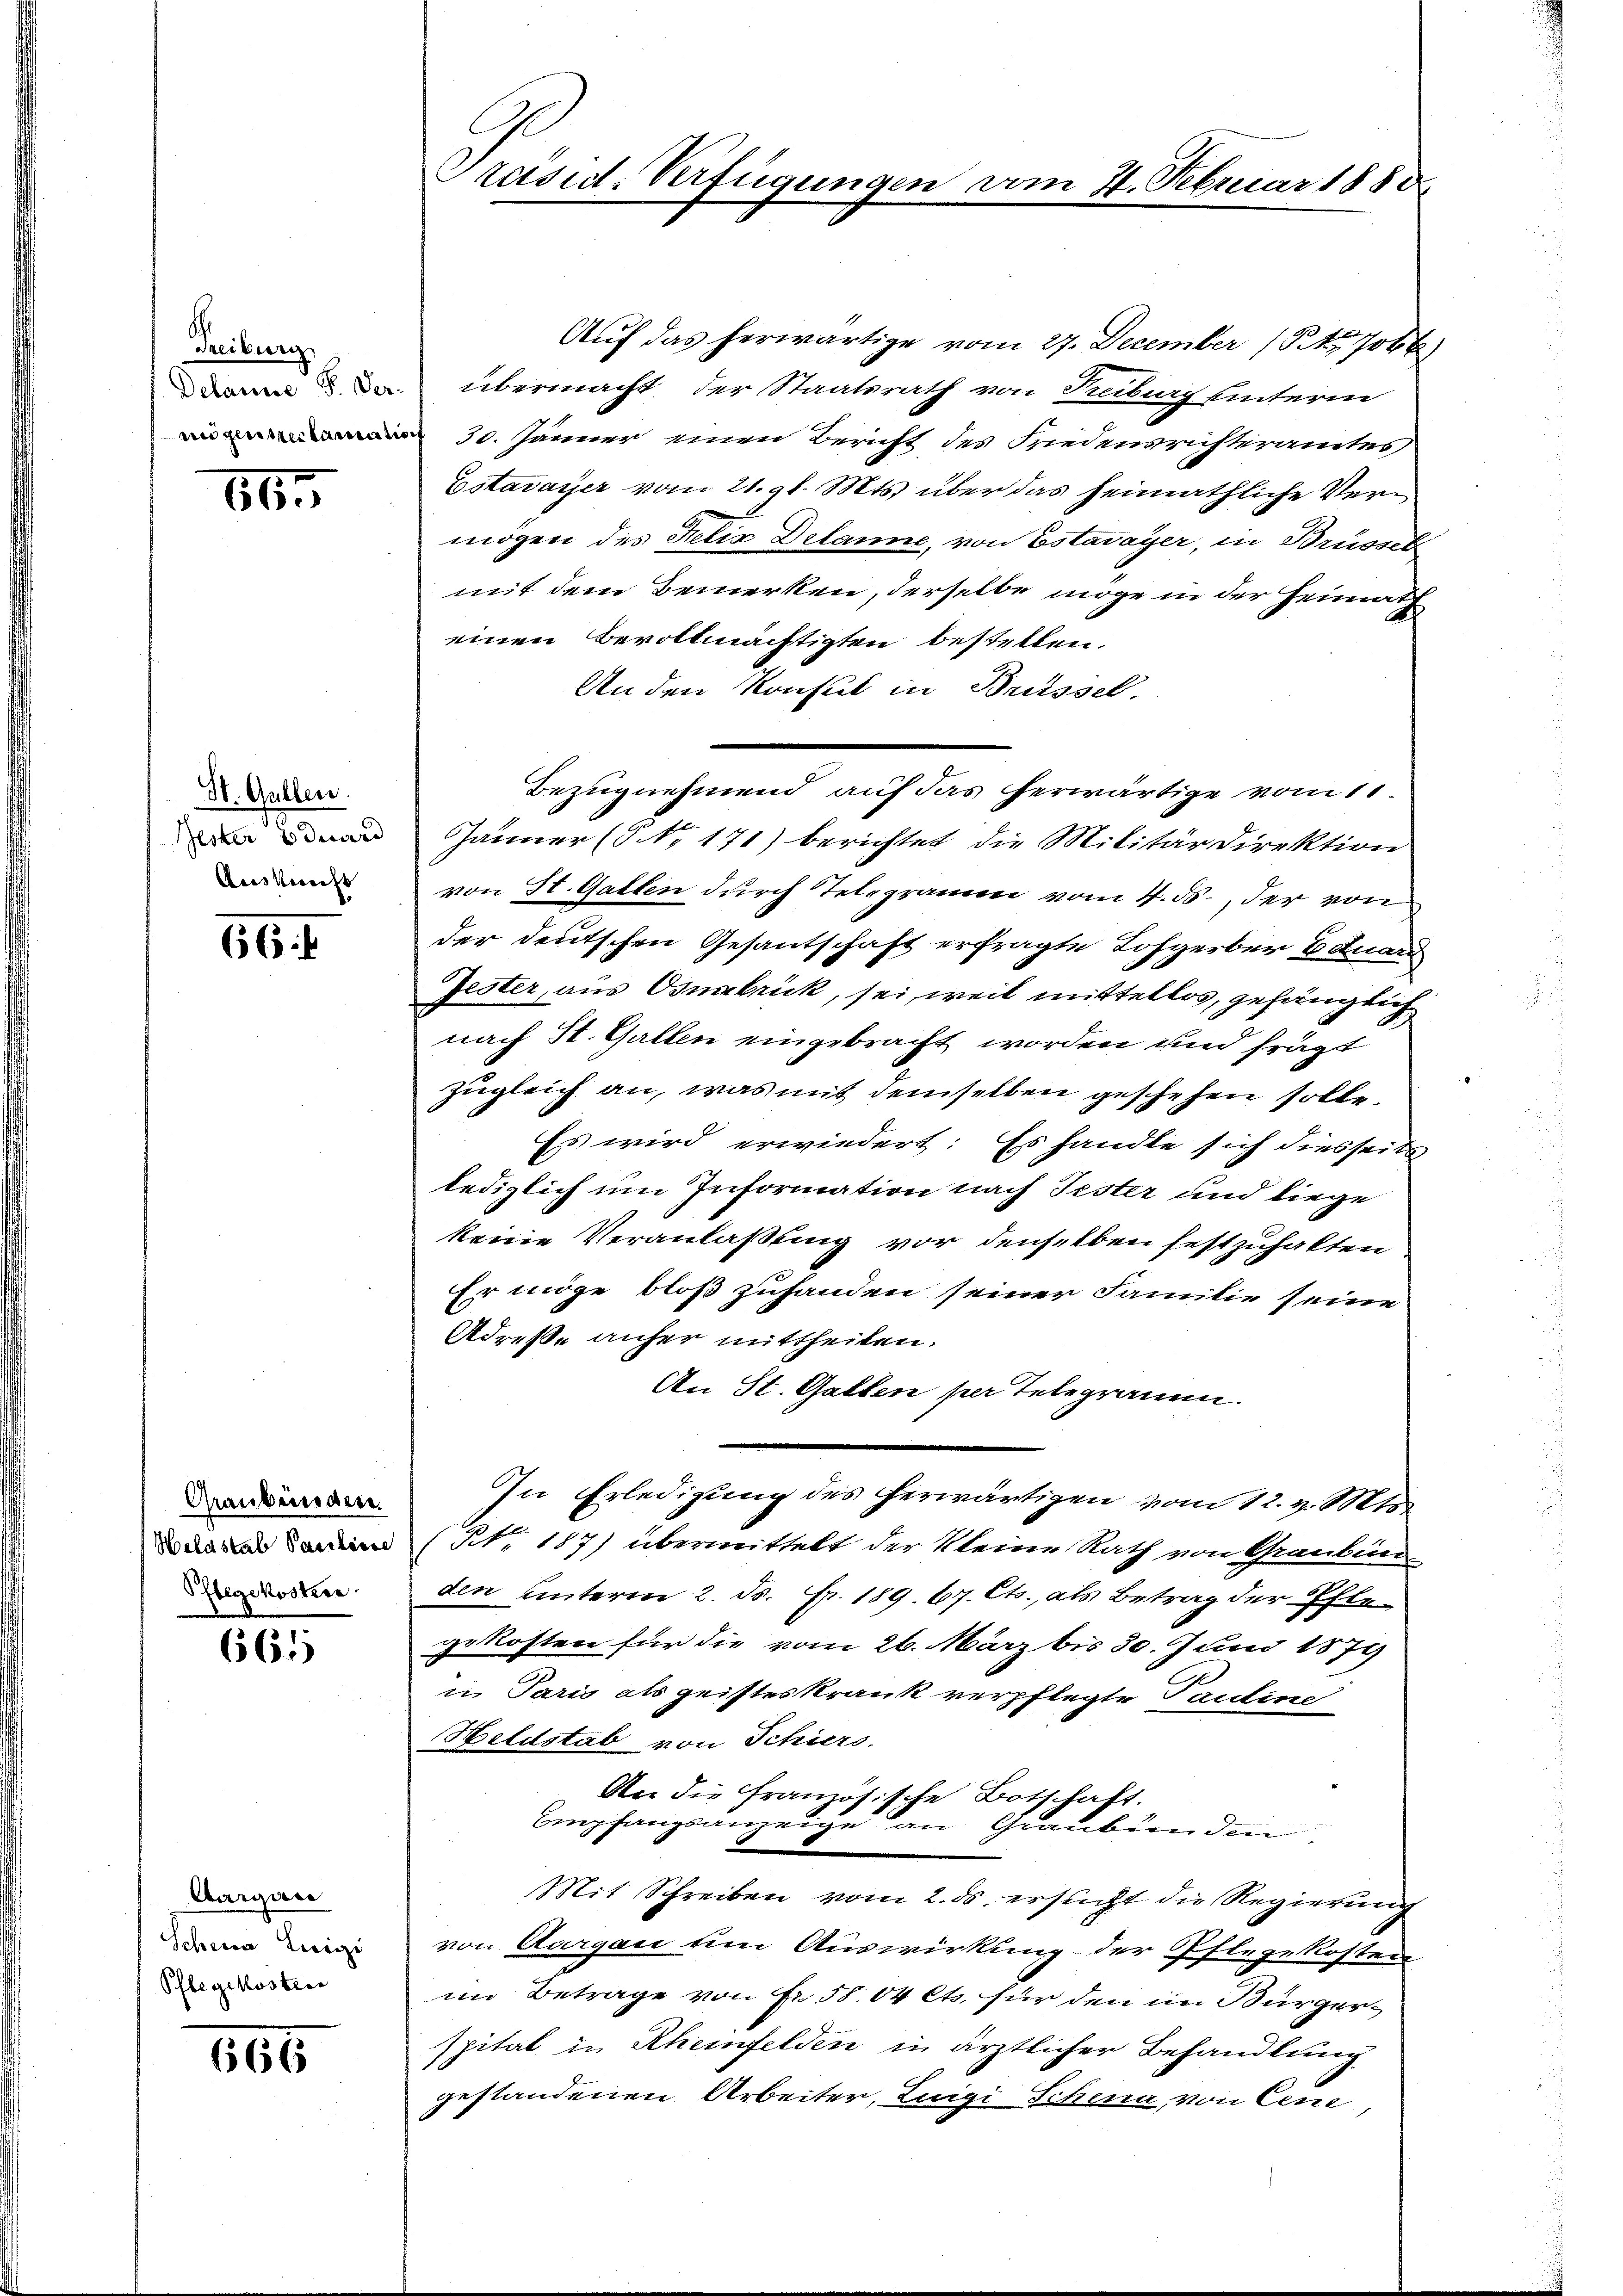
Freiburg
Delanie P. Vermigensreclamatio

865

St. Gallen
Jester Edward
Auskunft

656

Graubünden.
Heldstab Pauline
Pflegekoster

661

Aargau
Schen Luigi
Pflegekosten

665

Präsid. Verfügunge

Bezugnehmend auf das herwärtige vom 11.

mn 4. Februar 1883

Auf das herwärtige vom 27. December 154. 706
übermacht, der Staatsrath von Freibung hinterm
30. Jänner einen Bericht des Friedensrichteramtes,
Estavayer vom 21. gl. Mts. über das heimathliche Vermögen des Felix Delanne, von Estavayer, in Brüssek
mit dem Bemerken, derselbe möge in der Heimath
einen Bevollmächtigten bestellen.
An den Konsul in Brissel.
Jänner (§ NNo. 171) berichtet, die Militärdirektion
von St. Gallen durch Telegramm vom 4. ds., der von
der deutschen Gesantschaft erfragte Lohgerber Eduard
Jester, aus Osnabrück, sei, weil mittellos, gefänglich
nach St. Gallen eingebracht worden und frägt
zugleich an, was mit demselben geschehen solle.
Es wird erwiedert: Es handte sich diesseits
lediglich um Information nach Tester und liege
keine Veranlaßung vor denselben festzuhalten
Er möge bloß zuhanden seiner Familie seine
Adresse anher mittheilen.
An St. Gatten per Telegramm
In Erledigung des herwärtigen vom 12. v. Mts.
NNo. 187) übermittelt der Kleine Rath von Graubün
den unterm 2. ds. fr. 189. 67. Cts., als Betrag der Pflegekosten für die vom 26. März bis 30. Juni 1879
i Paris als geisteskrank verpflegte Pauline
Heldstab von Schiers
An die Französische Botschaft.
Empfangsanzeige an Graubünden
Mit Schreiben vom 2. ds. ersucht die Regierung
von Aargau um Auswirkung der Pflegekosten
im Betrage von Fr. 58.04 Cts. für den im Bürgerspital in Rheinfelden in ärztlicher Behandlung
gestandenen Arbeiter, Luigi Schena, von Cen